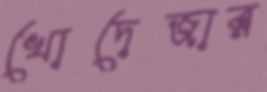
খোদেজার